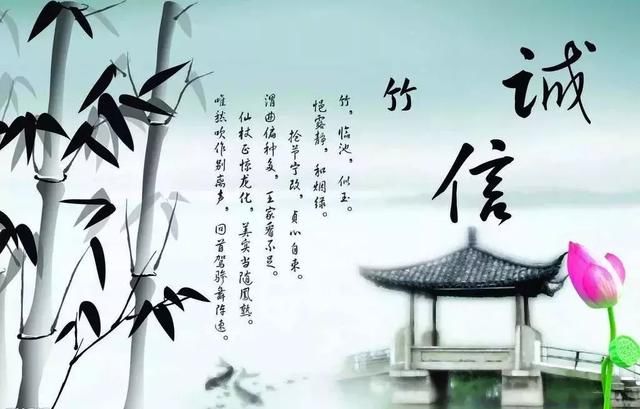
天有其时，地有其财，人有其治，夫是之谓能参。